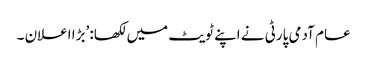
عام آدمی پارٹی نے اپنے ٹویٹ میں لکھا: ’بڑا اعلان ۔